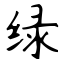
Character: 绿